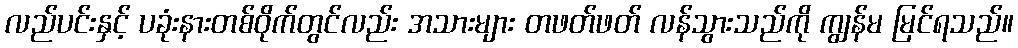
လည်ပင်းနှင့် ပခုံးနားတစ်ဝိုက်တွင်လည်း အသားများ တဖတ်ဖတ် လန်သွားသည်ကို ကျွန်မ မြင်ရသည်။